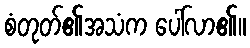
စံတုတ်၏အသံက ပေါ်လာ၏။